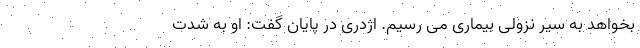
بخواهد به سیر نزولی بیماری می رسیم. اژدری در پایان گفت: او به شدت